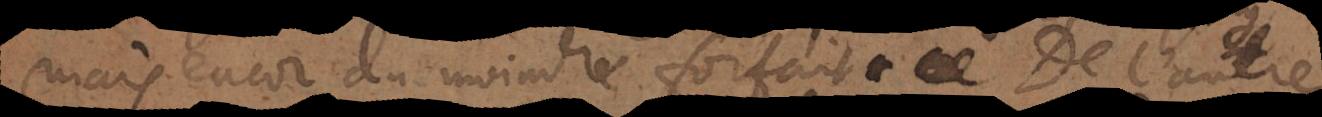
mais encor du moindre forfait. De l’autre